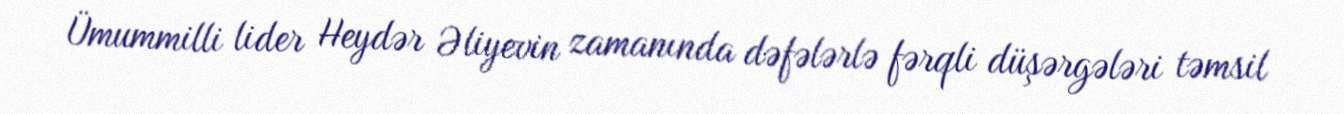
Ümummilli lider Heydər Əliyevin zamanında dəfələrlə fərqli düşərgələri təmsil